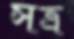
সত্র